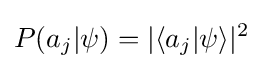
P(a_{j}|\psi )=|\langle a_{j}|\psi \rangle |^{2}